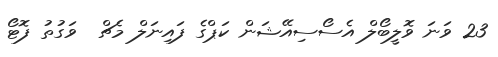
23 ވަނަ ވޮލީބޯލް އެސޯސިއޭޝަން ކަޕްގެ ފައިނަލް މެޗް  ވަގުތު ފޮޓޯ